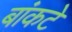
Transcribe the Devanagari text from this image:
बांकटे